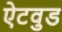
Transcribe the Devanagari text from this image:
ऐटवुड